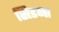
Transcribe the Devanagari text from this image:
सिडना